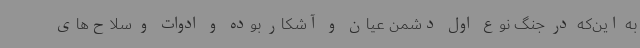
به این‌که در جنگ نوع اول دشمن عیان و آشکار بوده و ادوات و سلاح‌های